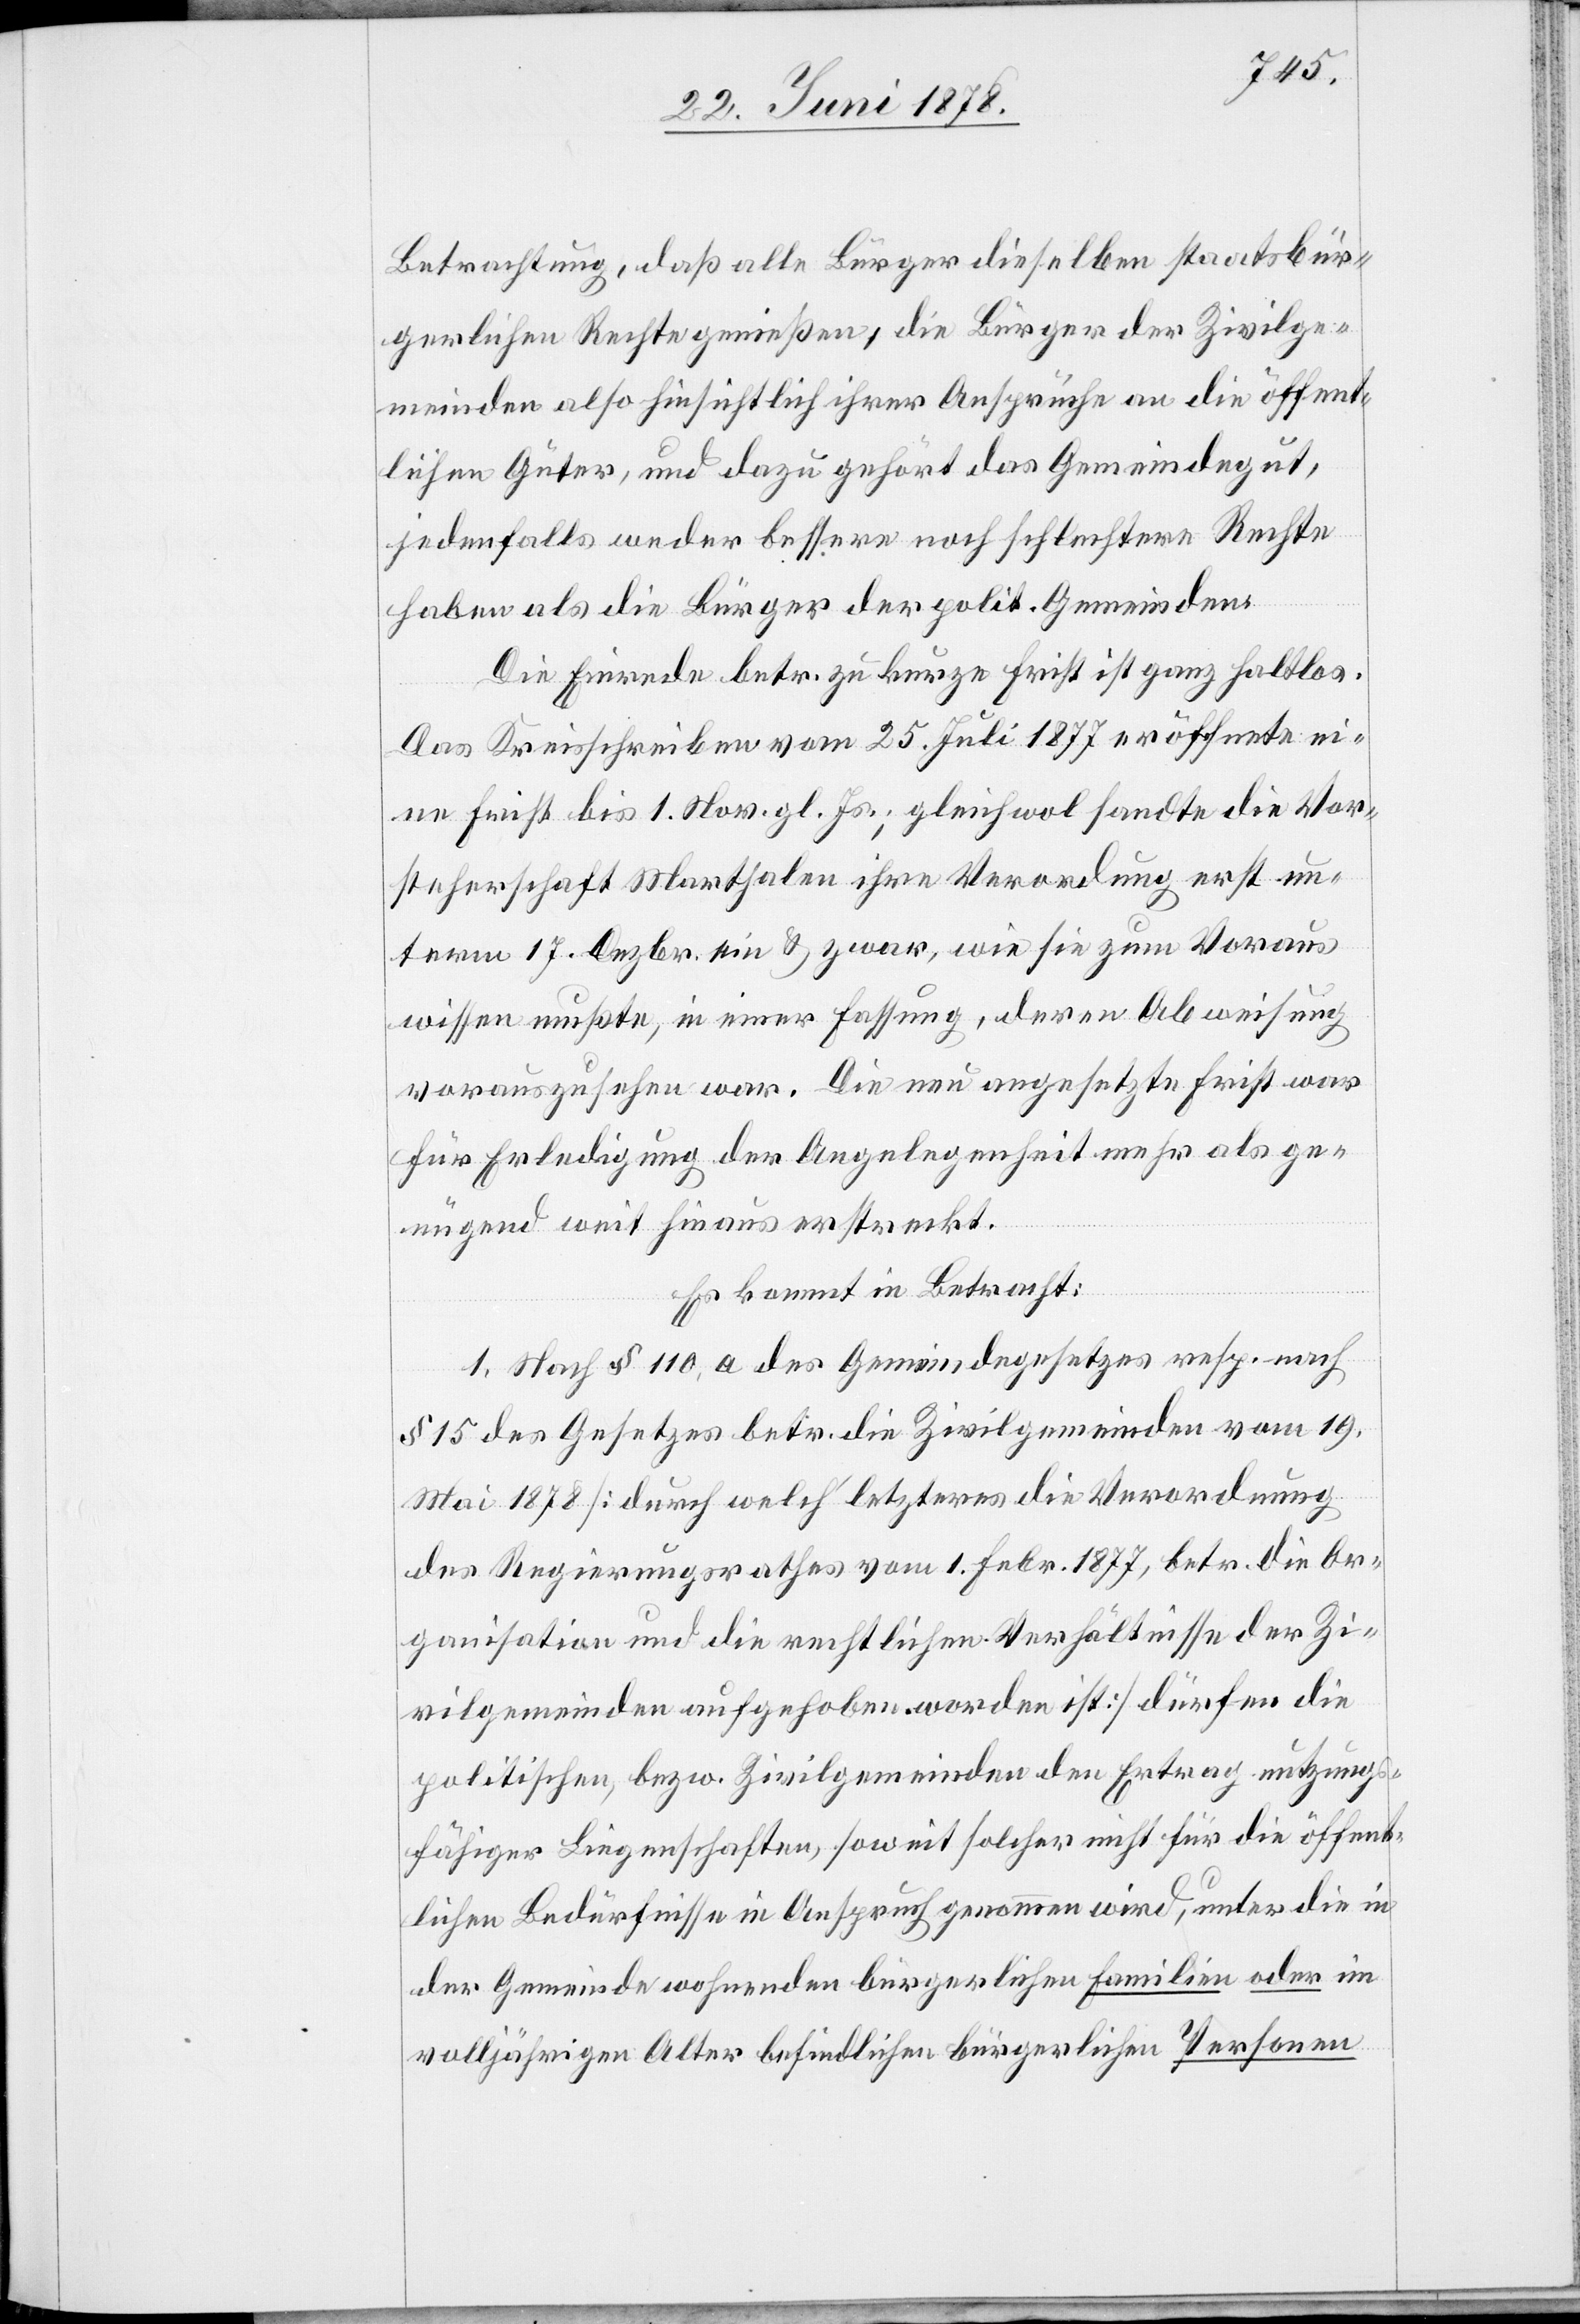
Betrachtung, daß alle Bürger dieselben staatsbür¬
gerlichen Rechte genießen, die Bürger der Zivilge¬
meinden also hinsichtlich ihrer Ansprüche an die öffent¬
lichen Güter, und dazu gehört das Gemeindegut,
jedenfalls weder bessere noch schlechtere Rechte
haben als die Bürger der polit. Gemeinden.
Die Einrede betr. zu kurze Frist ist ganz haltlos.
Das Kreisschreiben vom 25. Juli 1877 eröffnete ei¬
ne Frist bis 1. Nov. gl. Js.; gleichwol sandte die Vor¬
steherschaft Marthalen ihre Verordnung erst un¬
term 17. Dezbr. ein & zwar, wie sie zum Voraus
wissen mußte, in einer Fassung, deren Abweisung
vorauszusehen war. Die neu angesetzte Frist war
für Erledigung der Angelegenheit mehr als ge¬
nügend weit hinaus erstreckt.
Es kommt in Betracht:
1. Nach § 110 a des Gemeindegesetzes resp. nach
§ 15 des Gesetzes betr. die Zivilgemeinden vom 19.
Mai 1878 [durch welch’ letzteres die Verordnung
des Regierungsrathes vom 1. Febr. 1877, betr. die Or¬
ganisation und die rechtlichen Verhältnisse der Zi¬
vilgemeinden aufgehoben worden ist] dürfen die
politischen, bezw. Zivilgemeinden den Ertrag nutzungs¬
fähiger Liegenschaften, soweit solcher nicht für die öffent¬
lichen Bedürfnisse in Anspruch genommen wird, unter die in
der Gemeinde wohnenden bürgerlichen Familien oder im
volljährigen Alter befindlichen bürgerlichen Personen